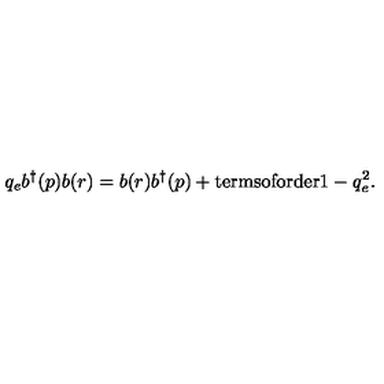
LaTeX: q _ { e } b ^ { \dagger } ( p ) b ( r ) = b ( r ) b ^ { \dagger } ( p ) + \mathrm { t e r m s o f o r d e r } 1 - q _ { e } ^ { 2 } .